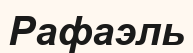
Рафаэль